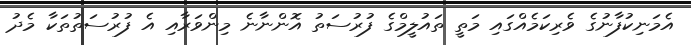
އެމަނިކުފާނުގެ ވެރިކަމެއްގައި މަތީ ތައުލީމްގެ ފުރުސަތު އޮންނާނެ މިންވަރާއި އެ ފުރުސަތުތަކާ މެދު